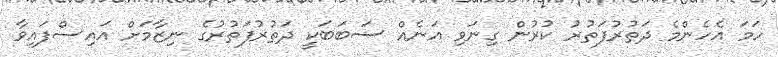
ހަމަ އެހެންމެ ދަތުރުފަތުރު ކުރުން ގިނަވި އަނެއް ސަބަބަކީ ދަތުރުފަތުރުގެ ނިޒާމަށް އައިސްފައިވާ